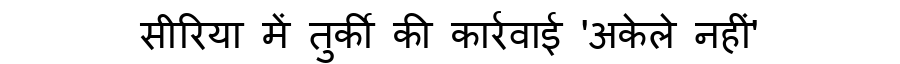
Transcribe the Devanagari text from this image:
सीरिया में तुर्की की कार्रवाई 'अकेले नहीं'